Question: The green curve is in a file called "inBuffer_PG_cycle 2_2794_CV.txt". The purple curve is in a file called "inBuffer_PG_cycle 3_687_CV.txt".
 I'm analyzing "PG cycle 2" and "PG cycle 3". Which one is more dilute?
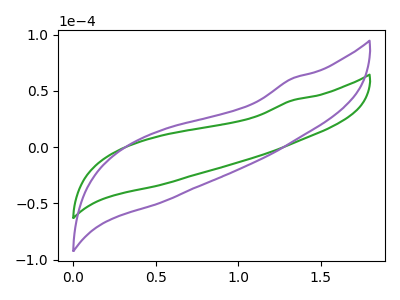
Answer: <think>The green curve "PG cycle 2" has no peaks. The purple curve "PG cycle 3" has no peaks.
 Neither "PG cycle 2" or "PG cycle 3" have any peaks.</think>
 <answer>I cant tell if "PG cycle 2" or "PG cycle 3" has higher concentration.</answer>
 <eval>mixed_concentration</eval>